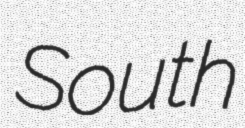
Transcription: South